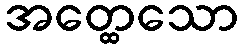
အတ္ထေသော